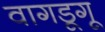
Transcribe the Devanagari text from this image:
वागडूगू